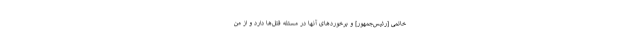
خاتمى [رئیس‌جمهور] و برخوردهاى آنها در مسئله قتل‌ها دارد و از من